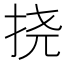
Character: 挠